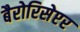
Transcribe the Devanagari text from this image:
बैरोरिसेप्टर